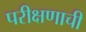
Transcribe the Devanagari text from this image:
परीक्षणाची